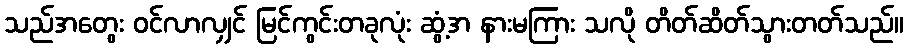
သည်အတွေး ဝင်လာလျှင် မြင်ကွင်းတခုလုံး ဆွံ့အ နားမကြား သလို တိတ်ဆိတ်သွားတတ်သည်။